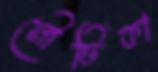
নৌটিকা